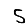
Digit: 5